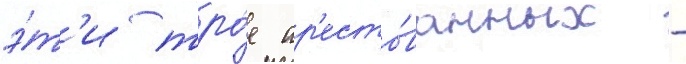
э́т'и тро́е ар'есто́ванных -